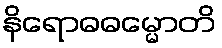
နိရောဓဓမ္မောတိ